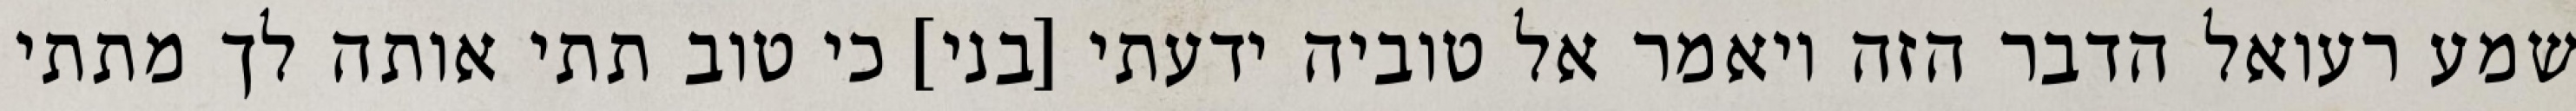
שמע רעואל הדבר הזה ויאמר אל טוביה ידעתי [בני] כי טוב תתי אותה לך מתתי